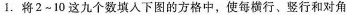
1.将2~10这九个数填入下图的方格中，使每横行、竖行和对角